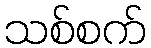
သစ်စက်